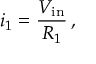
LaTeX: i _ { 1 } = { \frac { V _ { \mathrm { i n } } } { R _ { 1 } } } \, ,